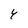
Character: 4